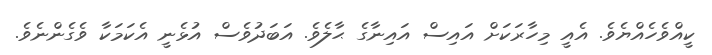
ކީއްވެހެއްޔެވެ. އެއީ މިހާރަކަށް އައިސް އައިނާގެ ޙާލެވެ. އަބަދުވެސް އުޅެނީ އެކަމަކާ ވެގެންނެވެ.